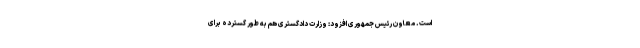
است. معاون رئیس جمهوری افزود: وزارت دادگستری هم به طور گسترده برای